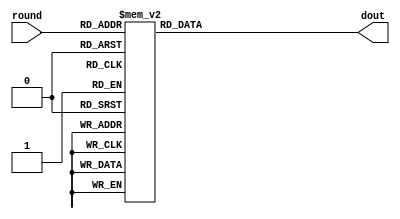
/*  
Copyright 2019 XCrypt Studio                
																	 
Licensed under the Apache License, Version 2.0 (the "License");         
you may not use this file except in compliance with the License.        
You may obtain a copy of the License at                                 
																	 
 http://www.apache.org/licenses/LICENSE-2.0                          
																	 
Unless required by applicable law or agreed to in writing, software    
distributed under the License is distributed on an "AS IS" BASIS,       
WITHOUT WARRANTIES OR CONDITIONS OF ANY KIND, either express or implied.
See the License for the specific language governing permissions and     
limitations under the License.                                          
*/  

// ------------------------------------------------------------------------------
// Function         :   SM4 Cryptographic Algorithm Core CK
// ------------------------------------------------------------------------------
// Version            v-1.0
// ------------------------------------------------------------------------------

`timescale 1ns / 1ps

module sm4_ck(
    input   [4:0]	round,
    output  [31:0]  dout
    );
    reg [31:0] r_dout;
    assign dout = r_dout;
    always@(round) begin
        case(round)
            8'h1f : r_dout = 32'h646b7279;
            8'h1e : r_dout = 32'h484f565d;
            8'h1d : r_dout = 32'h2c333a41;
            8'h1c : r_dout = 32'h10171e25;
            8'h1b : r_dout = 32'hf4fb0209;
            8'h1a : r_dout = 32'hd8dfe6ed;
            8'h19 : r_dout = 32'hbcc3cad1;
            8'h18 : r_dout = 32'ha0a7aeb5;
            8'h17 : r_dout = 32'h848b9299;
            8'h16 : r_dout = 32'h686f767d;
            8'h15 : r_dout = 32'h4c535a61;
            8'h14 : r_dout = 32'h30373e45;
            8'h13 : r_dout = 32'h141b2229;
            8'h12 : r_dout = 32'hf8ff060d;
            8'h11 : r_dout = 32'hdce3eaf1;
            8'h10 : r_dout = 32'hc0c7ced5;
            8'h0f : r_dout = 32'ha4abb2b9;
            8'h0e : r_dout = 32'h888f969d;
            8'h0d : r_dout = 32'h6c737a81;
            8'h0c : r_dout = 32'h50575e65;
            8'h0b : r_dout = 32'h343b4249;
            8'h0a : r_dout = 32'h181f262d;
            8'h09 : r_dout = 32'hfc030a11;
            8'h08 : r_dout = 32'he0e7eef5;
            8'h07 : r_dout = 32'hc4cbd2d9;
            8'h06 : r_dout = 32'ha8afb6bd;
            8'h05 : r_dout = 32'h8c939aa1;
            8'h04 : r_dout = 32'h70777e85;
            8'h03 : r_dout = 32'h545b6269;
            8'h02 : r_dout = 32'h383f464d;
            8'h01 : r_dout = 32'h1c232a31;
            8'h00 : r_dout = 32'h00070e15;
        endcase
    end

endmodule